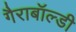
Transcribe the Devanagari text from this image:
गैराबॉल्डी